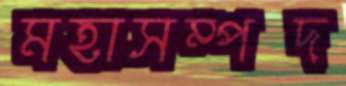
মহাসম্পদ